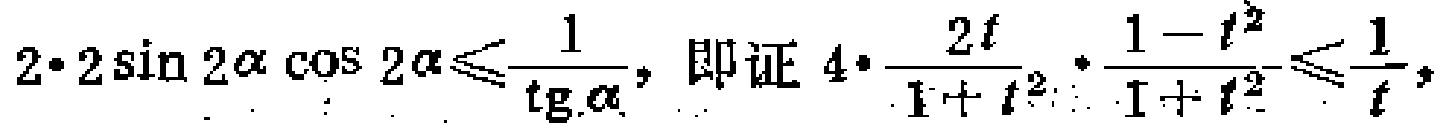
$2\cdot 2\sin 2\alpha \cos 2\alpha\leqslant\frac{1}{\operatorname{tg}\alpha}, \text{ 即证 } 4\cdot\frac{2t}{1 + t^{2}}\cdot\frac{1 - t^{2}}{1 + t^{2}}\leqslant\frac{1}{t},$